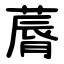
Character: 䔚